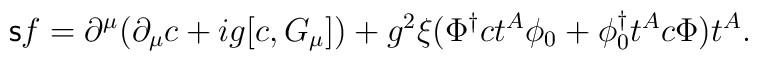
{\sf s}f=\partial^{\mu}(\partial_{\mu}c+ig[c,G_{\mu}])+g^2\xi(\Phi^{\dagger}ct^A\phi_0+\phi_0^{\dagger}t^Ac\Phi)t^A.